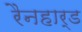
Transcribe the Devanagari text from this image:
रैनहार्ड